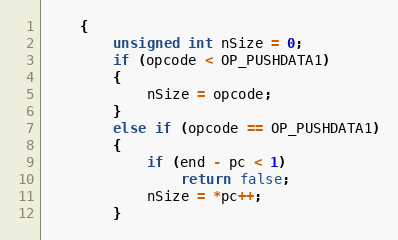
Language: C++
    {
        unsigned int nSize = 0;
        if (opcode < OP_PUSHDATA1)
        {
            nSize = opcode;
        }
        else if (opcode == OP_PUSHDATA1)
        {
            if (end - pc < 1)
                return false;
            nSize = *pc++;
        }